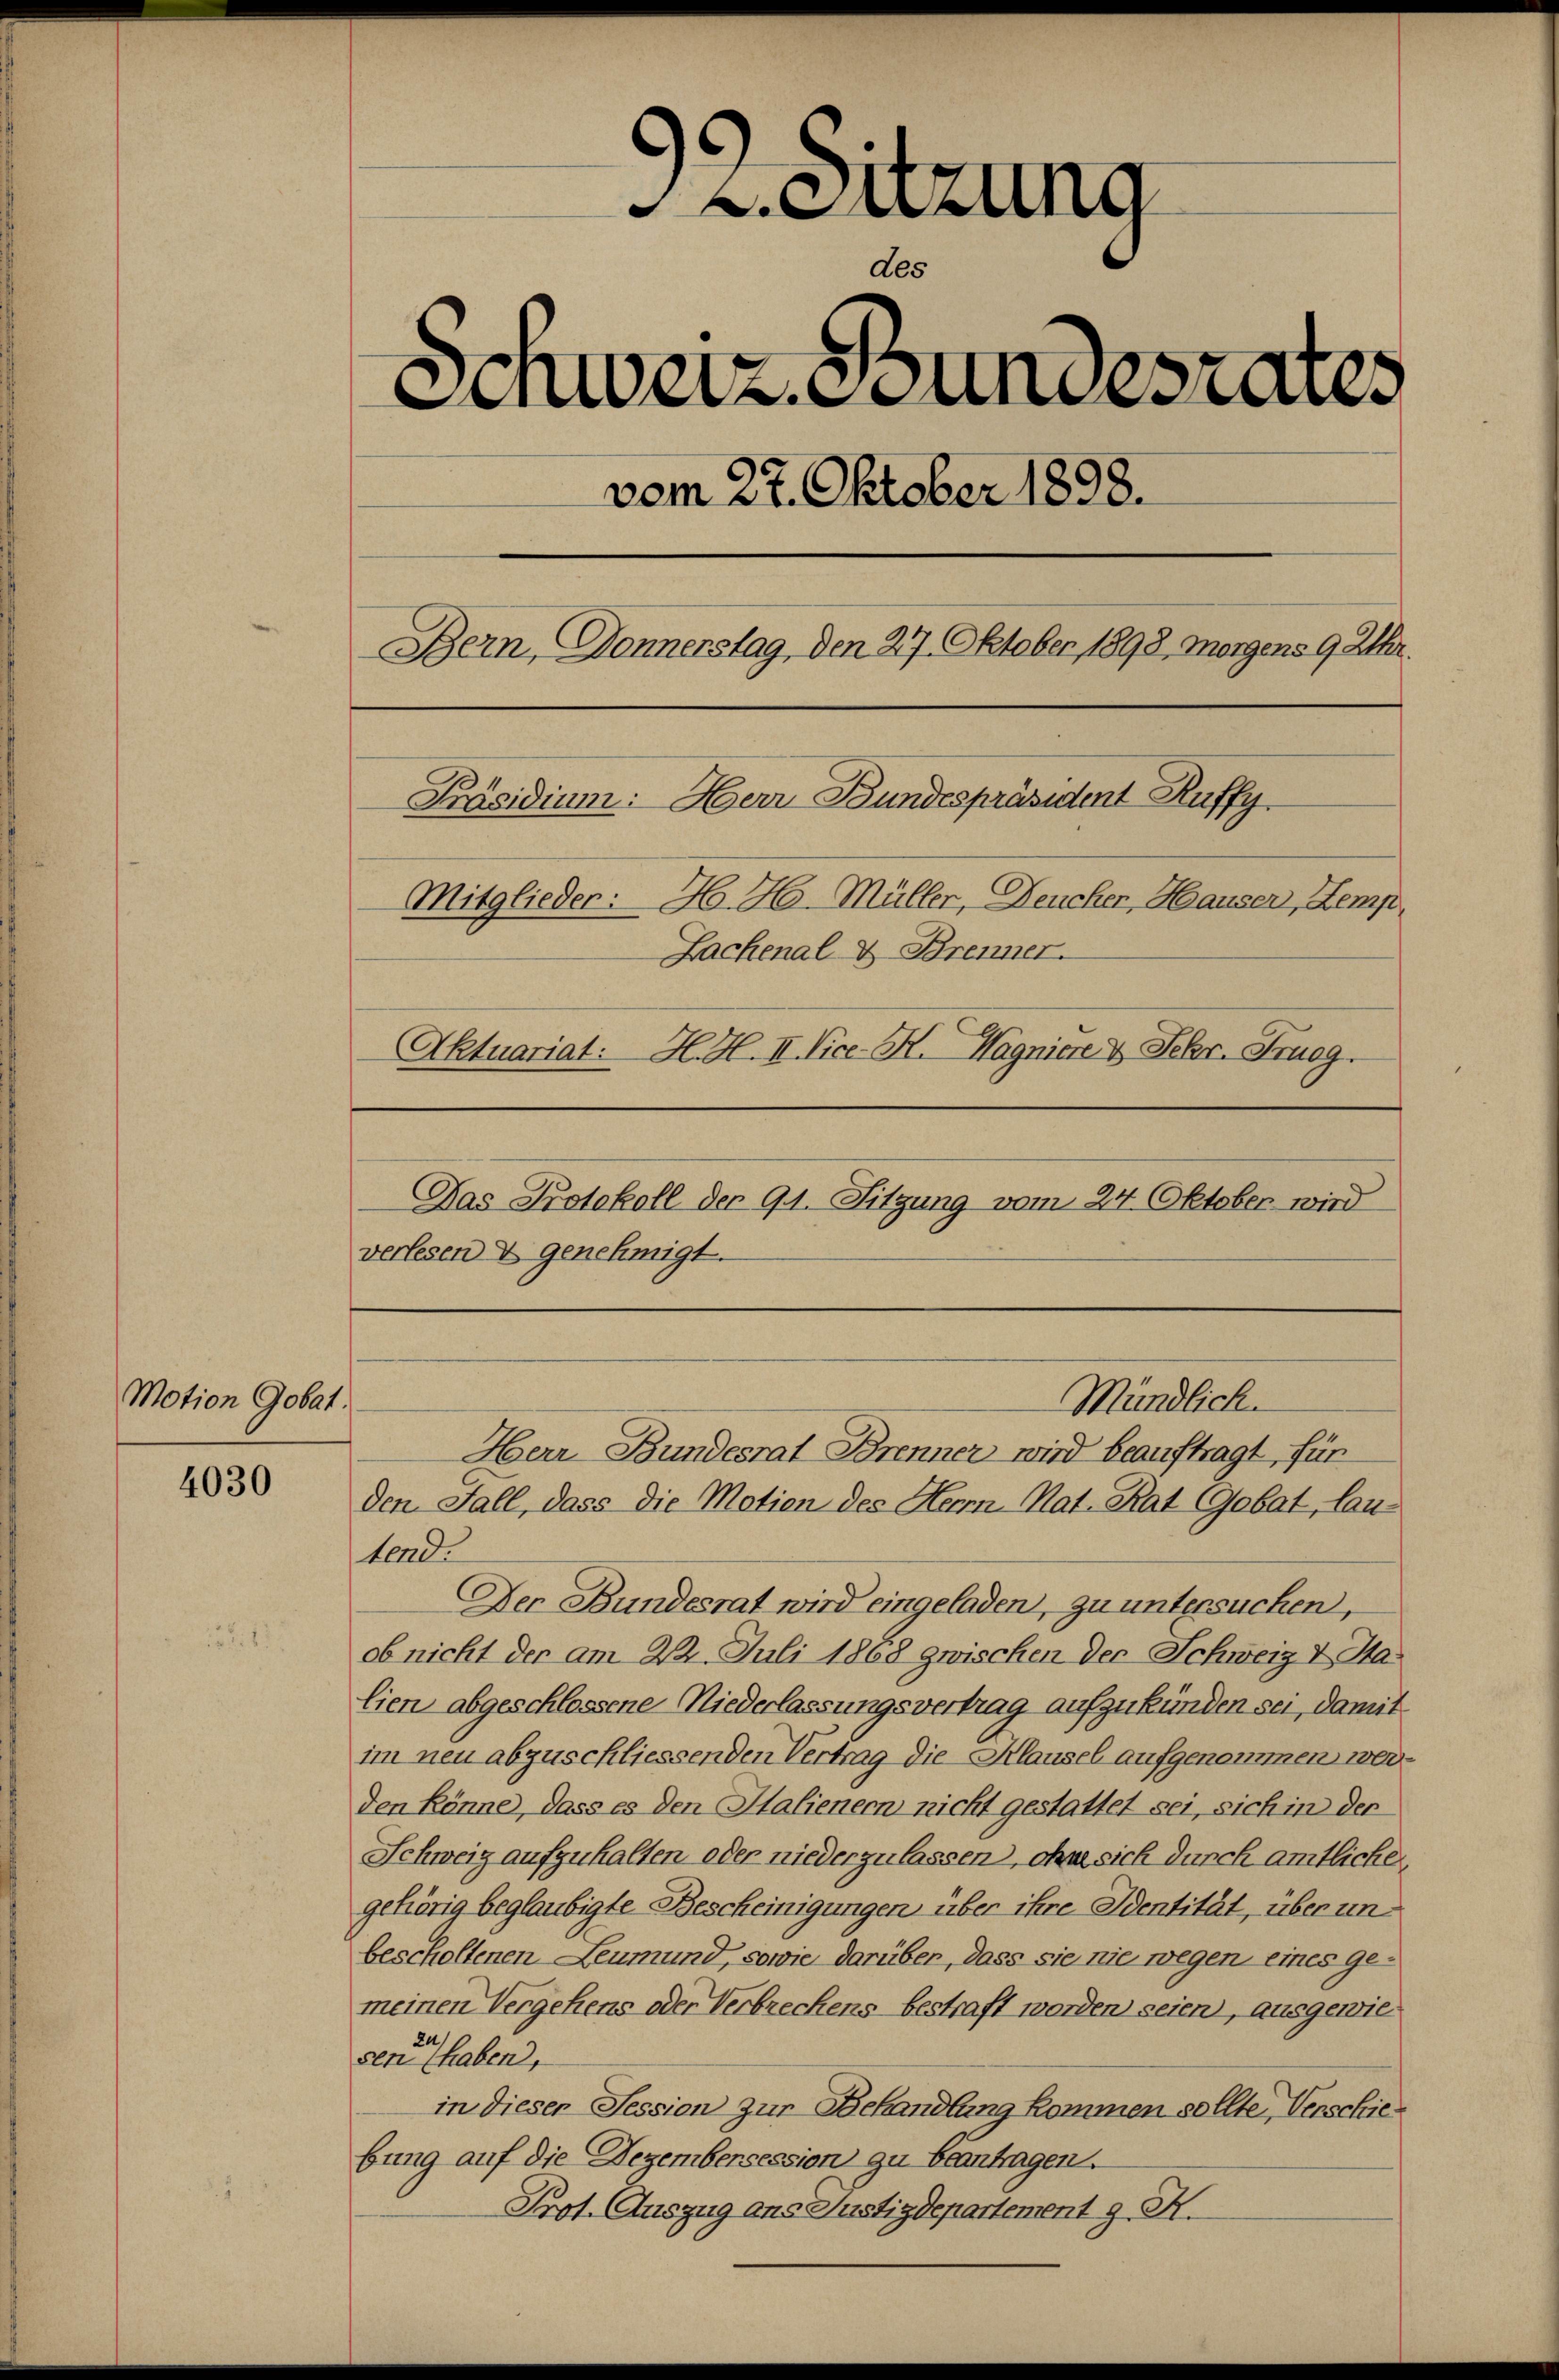
Motion Gobat.

4030

L.Sitzung
des
Unweiz. Bundesrates
vom 27. Oktober 1898.
Bern, Donnerstag, den 27. Oktober 1898, Morgens 9 Uhr.
Präsidium: Herr Bundespräsident Ruffy
Mitglieder: H. H. Müller, Feucher, Hauser, Kemp¬
Zachenal & Brenner.
Aktuariat: H. H. II. Vice-K. Wagniere & Febr. Frugg.

Das Protokoll der 91. Sitzung vom 24. Oktober wird
verlesen & genehmigt.

den Fall, dass die Motion des Her-Mat. Rat Gobat, lautend.
Der Bundesrat wird eingeladen, zu untersuchen,
ob nicht der am 22. Juli 1868 zwischen der Schweiz & Halien abgeschlossene Niederlassungsvertrag aufzukünden sei, damit
im neu abzuschliessenden Vertrag die Klausel aufgenommen werden könne, dass es den Halienern nicht gestattet sei, sich in der
Schweiz aufzuhalten oder niederzulassen, ohne sich durch amtliche
gehörig beglaubigte Bescheinigungen über ihre Dentität, über unbescholtenen Leumund, sowie darüber, dass sie nie wegen eines gemeinen Vergehens oder Verbrechens bestraft worden seien, ausgewieser haben,
in diesen Tession zur Behandlung kommen sollte, Verschiebung auf die Dezembersession zu beantragen.
Prof. Auszug aus Justizdepartement z. K.

Mündlich.
Herr Bundesrat Brenner wird beauftragt, für